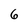
Character: 6